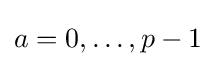
a=0,\ldots ,p-1